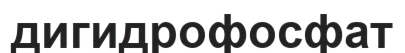
дигидрофосфат